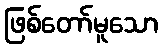
ဖြစ်တော်မူသော